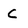
Character: C